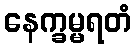
နေက္ခမ္မရတံ